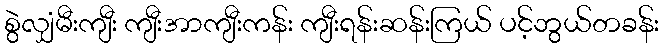
စွဲလျှံမီးကျီး ကျီးအာကျီးကန်း ကျီးရန်းဆန်းကြယ် ပင့်ဘွယ်တခန်း